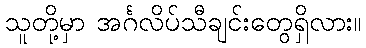
သူတို့မှာ အင်္ဂလိပ်သီချင်းတွေရှိလား။